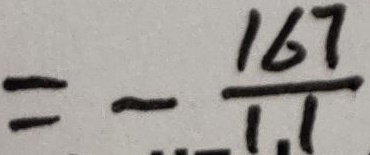
= - \frac { 1 6 7 } { 1 1 }